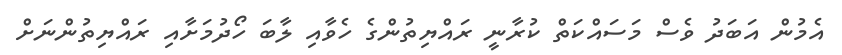
އެމުން އަބަދު ވެސް މަސައްކަތް ކުރާނީ ރައްޔިތުންގެ ހެވާއި ލާބަ ހޯދުމަށާއި ރައްޔިތުންނަށް